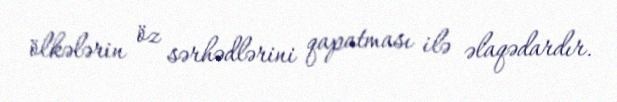
ölkələrin öz sərhədlərini qapatması ilə əlaqədardır.